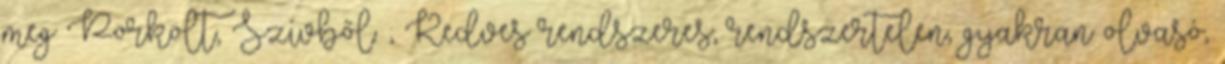
meg Pörkölt, Szívből. ; Kedves rendszeres, rendszertelen, gyakran olvasó,